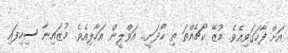
އަށް ފާހަގަވިއެވެ. މުޒޭ ކޯޗެއްތަ ތި ހޯދަނީ.. އަވްލީން އަހާލިއެވެ. މުޒައިނާ ސިހިފައި